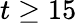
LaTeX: t\geq 15